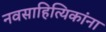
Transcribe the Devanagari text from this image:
नवसाहित्यिकांना